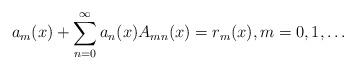
LaTeX: \begin{align*}a_{m}(x)+\sum_{n=0}^{\infty}a_{n}(x)A_{mn}(x)=r_{m}(x),m=0,1,\ldots\end{align*}